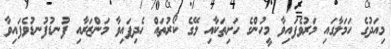
މިއަދުގެ ހަމަލާގައި މަރުވެފައިވާ މީހުންގެ ހަށިތަކާއި ލޭގެ ކޯރުތައް ހެދިފައިވާ މަންޒަރާއި ފުނޑުފުނޑުވެފައިވާ